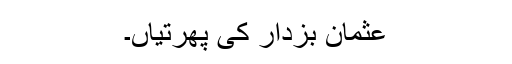
عثمان بزدار کی پھرتیاں۔